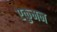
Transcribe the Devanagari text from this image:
एकुमन